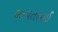
દલપતભાઈ